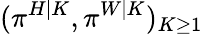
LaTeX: (\pi^{H|K},\pi^{W|K})_{K\geq 1}